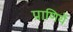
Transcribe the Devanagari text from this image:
प्राणियें